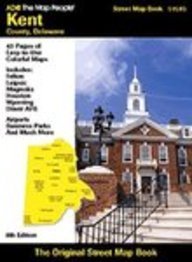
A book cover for The Map People Kent County, DE: Street Map Book; the Map People ADC; Travel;